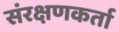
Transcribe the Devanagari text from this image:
संरक्षणकर्ता